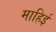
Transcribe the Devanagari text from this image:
माहिई